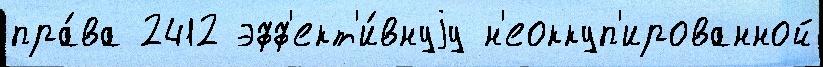
пра́ва 2412 эфф'ект'и́внуjу н'еоккуп'ированной